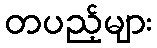
တပည့်များ